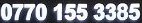
0770 155 3385